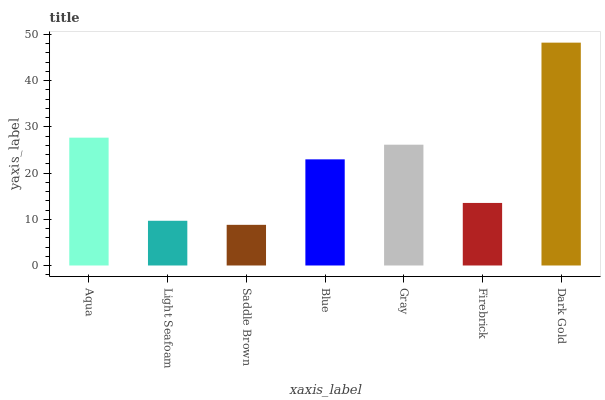
| xaxis_label | bars |
 | --- | --- |
 | Aqua | 27.7 |
 | Light Seafoam | 9.68 |
 | Saddle Brown | 8.8 |
 | Blue | 23 |
 | Gray | 26.1 |
 | Firebrick | 13.5 |
 | Dark Gold | 48.2 |